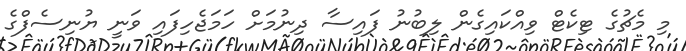
މި މެޗުގެ ޓިކެޓް ވިއްކައިގެން ލިބުނު ފައިސާ ދިނުމަށް ހަމަޖެހިފައި ވަނީ ޔުނިސެފްގެ